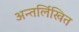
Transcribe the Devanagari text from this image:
अन्तर्लिखित